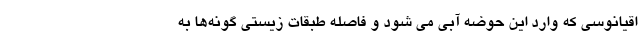
اقیانوسی که وارد این حوضه آبی می شود و فاصله طبقات زیستی گونه‌ها به